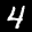
Label: 4